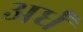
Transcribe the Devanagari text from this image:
अर्धं